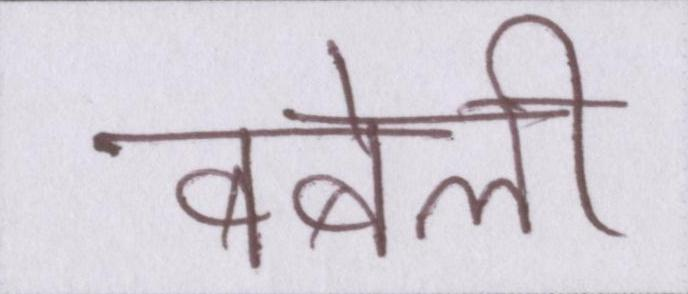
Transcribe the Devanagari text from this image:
बबेली